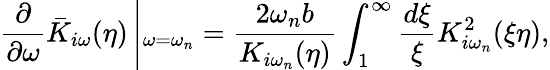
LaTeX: \frac{\partial}{\partial\omega}\bar{K}_{i\omega}(\eta)\left|_{\omega=\omega_{n}}=\frac{2\omega_{n}b}{K_{i\omega_{n}}(\eta)}\int_{1}^{\infty}\frac{d\xi}{\xi}K_{i\omega_{n}}^{2}(\xi\eta)\right.,